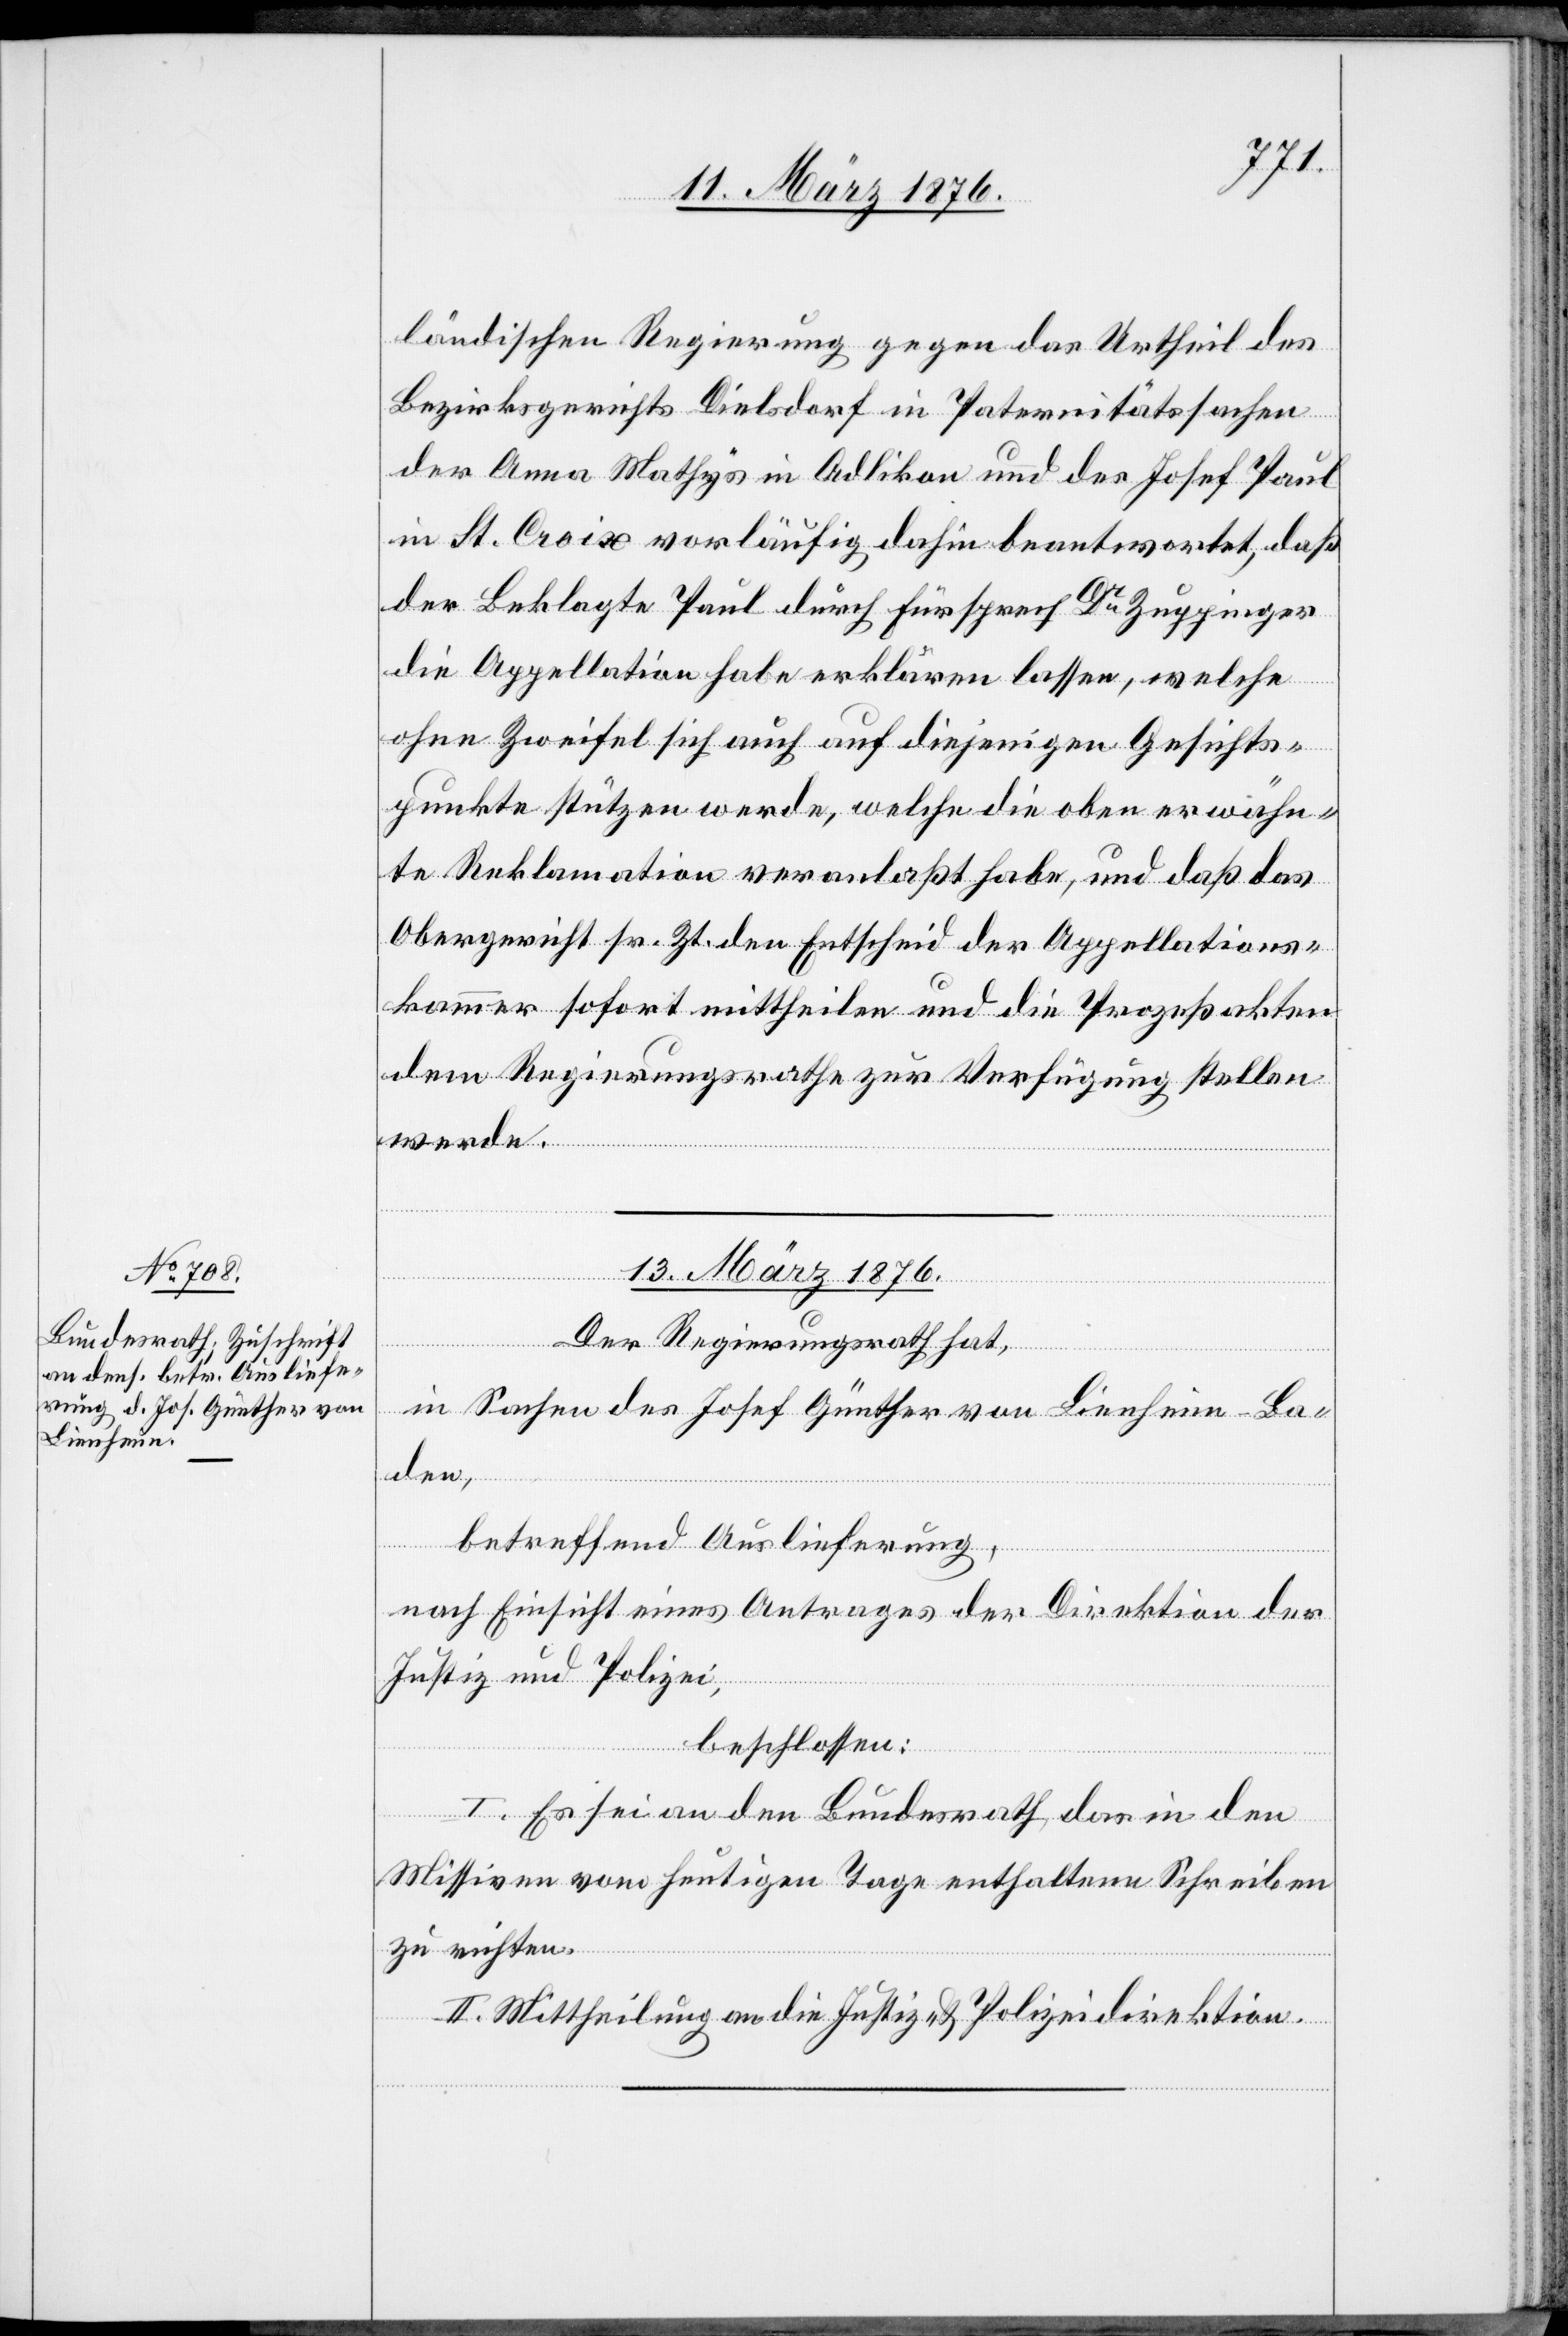
ländischen Regierung gegen das Urtheil des
Bezirksgerichts Dielsdorf in Paternitätssachen
der Anna Mathys in Adlikon und des Josef Paul
in St. Croix vorläufig dahin beantwortet, daß
der Beklagte Paul durch Fürsprech Dr Zuppinger
die Appellation habe erklären lassen, welche
gen.
ohne Zweifel sich auch auf diejenigen Gesichts¬
punkte stützen werde, welche die oben erwähn¬
te Reklamation veranlaßt habe, und daß das
Obergericht sr. Zt. den Entscheid der Appellations¬
kammer sofort mittheilen und die Prozeßakten
dem Regierungsrathe zur Verfügung stellen
werde.
13. März 1876.]
Der Regierungsrath hat,
in Sachen des Josef Günther von Lienheim-Ba¬
den,
betreffend Auslieferung,
nach Einsicht eines Antrages der Direktion der
Justiz und Polizei,
beschlossen:
I. Es sei an den Bundesrath, das in den
Missiven vom heutigen Tage enthaltene Schreiben
zu richten.
II. Mittheilung an die Justiz- & Polizeidirektion.